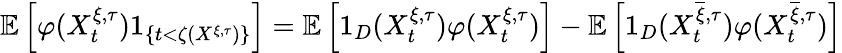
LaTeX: \mathbb{E}\left[\varphi(X_{t}^{\xi,\tau})1_{\left\{ t<\zeta(X^{\xi,\tau})\right\} }\right]=\mathbb{E}\left[1_{D}(X_{t}^{\xi,\tau})\varphi(X_{t}^{\xi,\tau})\right]-\mathbb{E}\left[1_{D}(X_{t}^{\overline{{\xi}},\tau})\varphi(X_{t}^{\overline{{\xi}},\tau})\right]